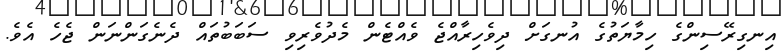
އިނގިރޭސިންގެ ހިމާޔަތުގެ އުނގަށް ދިވެހިރާއްޖެ ވެއްޓެން މެދުވެރިވި ސަބަބުތައް ދެނެގަންނަން ޖެހެ އެވެ.